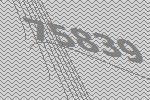
75839